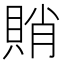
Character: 𧶈